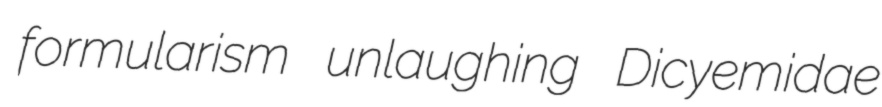
formularism unlaughing Dicyemidae